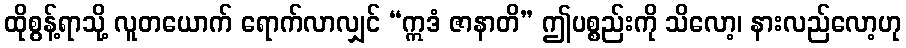
ထိုစွန့်ရာသို့ လူတယောက် ရောက်လာလျှင် “ဣဒံ ဇာနာတိ” ဤပစ္စည်းကို သိလော့၊ နားလည်လော့ဟု